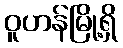
ဝူဟန်မြို့ရှိ